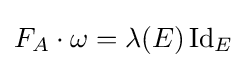
F_{A}\cdot \omega =\lambda (E)\operatorname {Id} _{E}